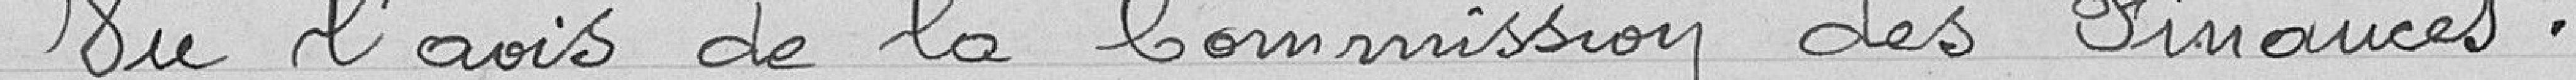
Sur l'avis de la Commission des Finances,